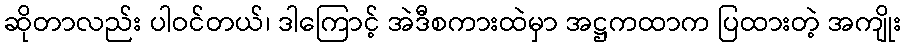
ဆိုတာလည်း ပါဝင်တယ်၊ ဒါကြောင့် အဲဒီစကားထဲမှာ အဋ္ဌကထာက ပြထားတဲ့ အကျိုး